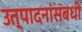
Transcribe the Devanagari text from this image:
उत्पादनांसंबधी